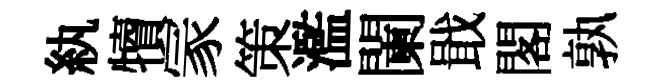
紈犢冡策濫闌戢閣孰